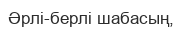
Әрлі-берлі шабасың,